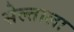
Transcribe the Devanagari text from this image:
सेल्ताला